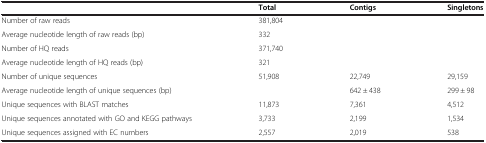
|  | Total | Contigs | Singletons |
 | --- | --- | --- | --- |
 | Number of raw reads | 381,804 |  |  |
 | Average nucleotide length of raw reads (bp) | 332 |  |  |
 | Number of HQ reads | 371,740 |  |  |
 | Average nucleotide length of HQ reads (bp) | 321 |  |  |
 | Number of unique sequences | 51,908 | 22,749 | 29,159 |
 | Average nucleotide length of unique sequences (bp) |  | 642 ± 438 | 299 ± 98 |
 | Unique sequences with BLAST matches | 11,873 | 7,361 | 4,512 |
 | Unique sequences annotated with GO and KEGG pathways | 3,733 | 2,199 | 1,534 |
 | Unique sequences assigned with EC numbers | 2,557 | 2,019 | 538 |